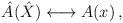
LaTeX: \begin{align*}\hat A(\hat X) \longleftrightarrow A(x)\,,\end{align*}